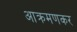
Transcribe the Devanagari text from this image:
आक्रमणकर